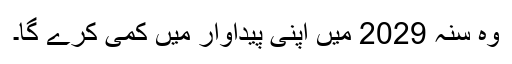
وہ سنہ 2029 میں اپنی پیداوار میں کمی کرے گا۔